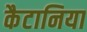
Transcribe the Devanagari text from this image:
कैटानिया